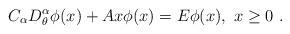
LaTeX: \begin{align*}C_{\alpha{}}D_{\theta{}}^{\alpha{}}\phi(x)+Ax\phi(x)=E\phi(x),~x\geq{}0\ .\end{align*}